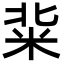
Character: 䉾